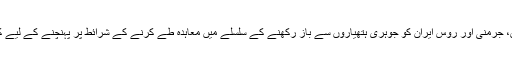
چین، برطانیہ، فرانس، جرمنی اور روس ایران کو جوہری ہتھیاروں سے باز رکھنے کے سلسلے میں معاہدہ طے کرنے کے شرائط پر پہنچنے کے لیے کوششیں کر رہے ہیں۔